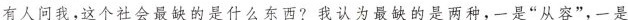
有人问我，这个社会最缺的是什么东西?我认为最缺的是两种，一是“从容”，一是